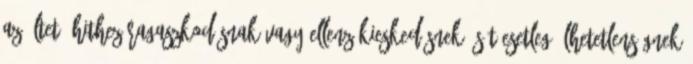
az éltető hithez ragaszkodásnak vagy ellenzékieskedésnek, sőt esetleg élhetetlenségnek